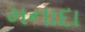
મનાદા